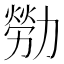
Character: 𫦸